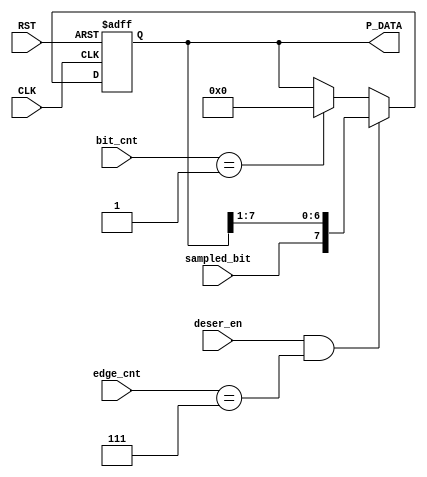
module Deserializer (
    input wire deser_en, sampled_bit, CLK, RST,
    input wire [2:0]    edge_cnt,
    input wire [3:0]    bit_cnt,
    output reg [7:0] P_DATA
);


always @(posedge CLK or negedge RST)
begin
    if (!RST) 
    begin
        P_DATA <= 8'b0;   
    end
    else if(deser_en && (edge_cnt == 3'b111))
    begin
            P_DATA <= {sampled_bit, P_DATA[7:1]}; 
    end
    else if (bit_cnt == 4'b0001)
    begin
         P_DATA <=8'b0;
    end
end

/*always @(*) 
begin
    if (deser_en) 
    begin
        if(edge_cnt == 3'b111)
        begin
            P_DATA_c = {sampled_bit, P_DATA_c[7:1]}; 
        end
        else
        begin
            P_DATA_c = P_DATA_c;
        end
    end
    else
    begin
        P_DATA_c = 0;
    end    
end*/
    
endmodule